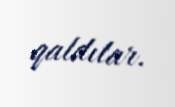
qaldılar.